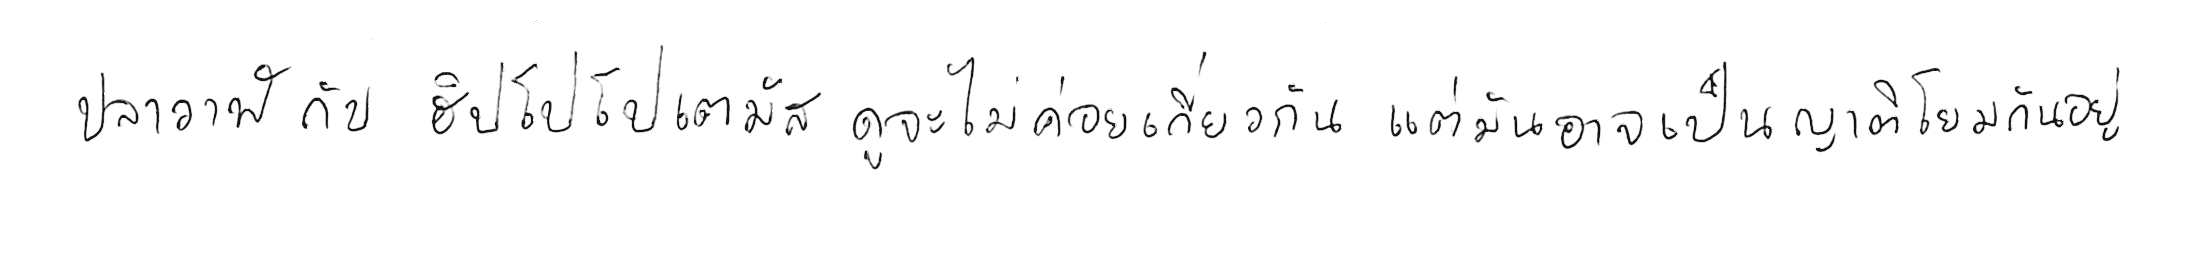
ปลาวาฬ กับ ฮิปโปโปเตมัส ดูจะไม่ค่อยเกี่ยวกัน แต่มันอาจเป็นญาติโยมกันอยู่